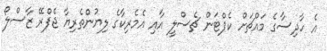
އެ ހާދިސާގެ މައްޗަށް ކެޕްޓަން ޗެސްލީ އާއި އެމެރިކާގެ ލިޔުންތެރިޔާ ޖެފްރޭ ޒާސްލޯ